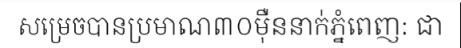
សម្រេចបានប្រមាណ៣០ម៉ឺននាក់ភ្នំពេញ: ជា